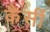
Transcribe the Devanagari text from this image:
कैसीं